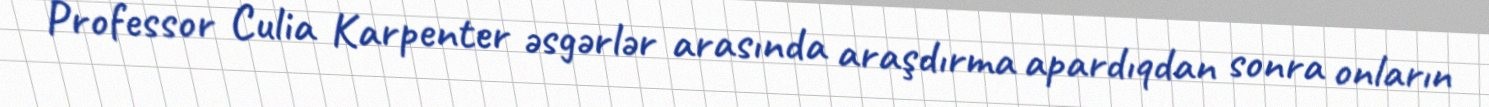
Professor Culia Karpenter əsgərlər arasında araşdırma apardıqdan sonra onların